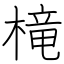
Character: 槞